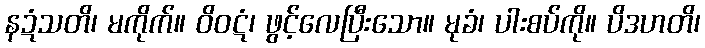
နဍံသတိ၊ မကိုက်။ ဝိဝဋံ၊ ဖွင့်လေပြီးသော။ မုခံ၊ ပါးစပ်ကို။ ပိဒဟတိ၊